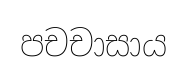
පචචාසාය